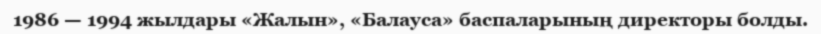
1986 — 1994 жылдары «Жалын», «Балауса» баспаларының директоры болды.